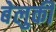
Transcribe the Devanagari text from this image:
बेलुकी